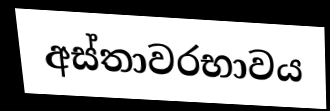
අස්තාවරභාවය